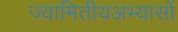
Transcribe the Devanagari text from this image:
ज्यामितीयअभ्यासों